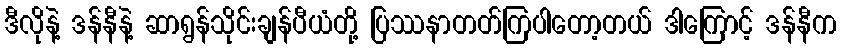
ဒီလိုနဲ့ ဒန်နီနဲ့ ဆာရွန်သိုင်းချန်ပီယံတို့ ပြဿနာတတ်ကြပါတော့တယ် ဒါကြောင့် ဒန်နီက